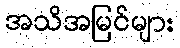
အသိအမြင်များ